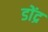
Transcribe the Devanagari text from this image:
डोंद्र